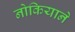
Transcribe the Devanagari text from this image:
नोकियाने